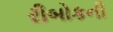
રીબોકની